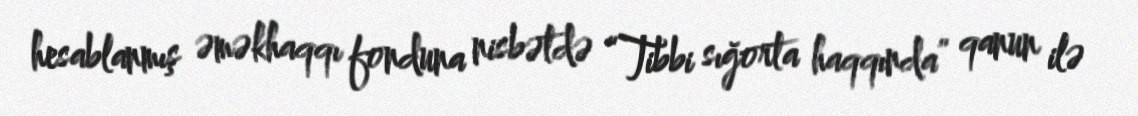
hesablanmış əməkhaqqı fonduna nisbətdə “Tibbi sığorta haqqında” qanun ilə